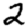
Digit: 2